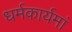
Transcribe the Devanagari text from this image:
धर्मकार्यमां